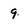
Character: 9